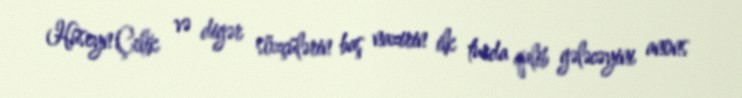
Hüseyn Çelik və digər sözçülərin baş nazirin ilk turda qalib gələcəyini anons